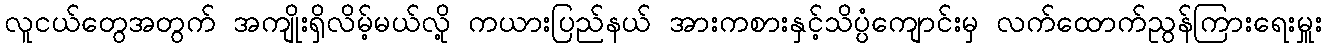
လူငယ်တွေအတွက် အကျိုးရှိလိမ့်မယ်လို့ ကယားပြည်နယ် အားကစားနှင့်သိပ္ပံကျောင်းမှ လက်ထောက်ညွန်ကြားရေးမှူး